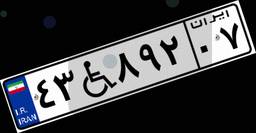
۴۳W۸۹۲۰۷